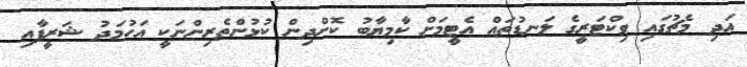
އަދި މެޗުގައި ވިކްޓަރީގެ ލަނޑުތައް އެޓީމަށް ކާމިޔާބު ކޮށްދިން ކުޅުންތެރިންނަކީ އަހުމަދު ޝަރީފާއި